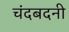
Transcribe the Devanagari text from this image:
चंदबदनी